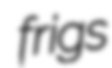
frigs